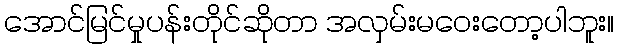
အောင်မြင်မှုပန်းတိုင်ဆိုတာ အလှမ်းမဝေးတော့ပါဘူး။